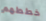
خططهم